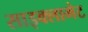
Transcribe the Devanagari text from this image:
साइक्लामेट